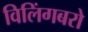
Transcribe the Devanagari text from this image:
विलिंगबरो